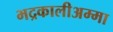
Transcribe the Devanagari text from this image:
भद्रकालीअम्मा